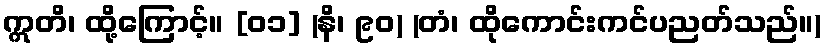
ဣတိ၊ ထို့ကြောင့်။ [၀၁] (နိ၊ ၉၀) (တံ၊ ထိုကောင်းကင်ပညတ်သည်။)